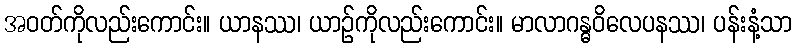
အဝတ်ကိုလည်းကောင်း။ ယာနဿ၊ ယာဉ်ကိုလည်းကောင်း။ မာလာဂန္ဓဝိလေပနဿ၊ ပန်းနံ့သာ